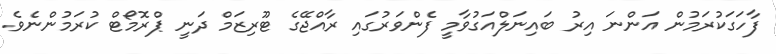
ފާހަގަކުރަމުން އަންނަ އިރު ބައިނަލްއަގުވާމީ ފެންވަރުގައި ރާއްޖޭގެ ޓޫރިޒަމް ދަނީ ޕްރޮމޯޓް ކުރަމުންނެވެ.